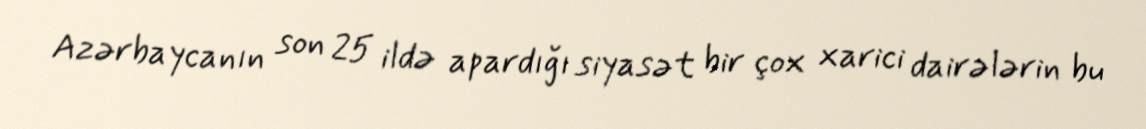
Azərbaycanın son 25 ildə apardığı siyasət bir çox xarici dairələrin bu